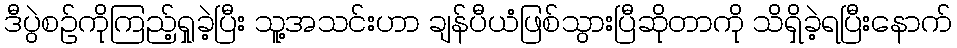
ဒီပွဲစဉ်ကိုကြည့်ရှုခဲ့ပြီး သူ့အသင်းဟာ ချန်ပီယံဖြစ်သွားပြီဆိုတာကို သိရှိခဲ့ရပြီးနောက်